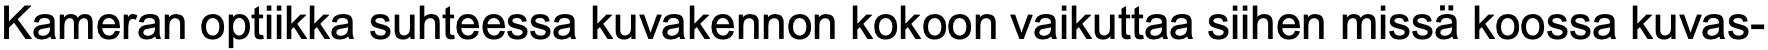
Kameran optiikka suhteessa kuvakennon kokoon vaikuttaa siihen missä koossa kuvas-